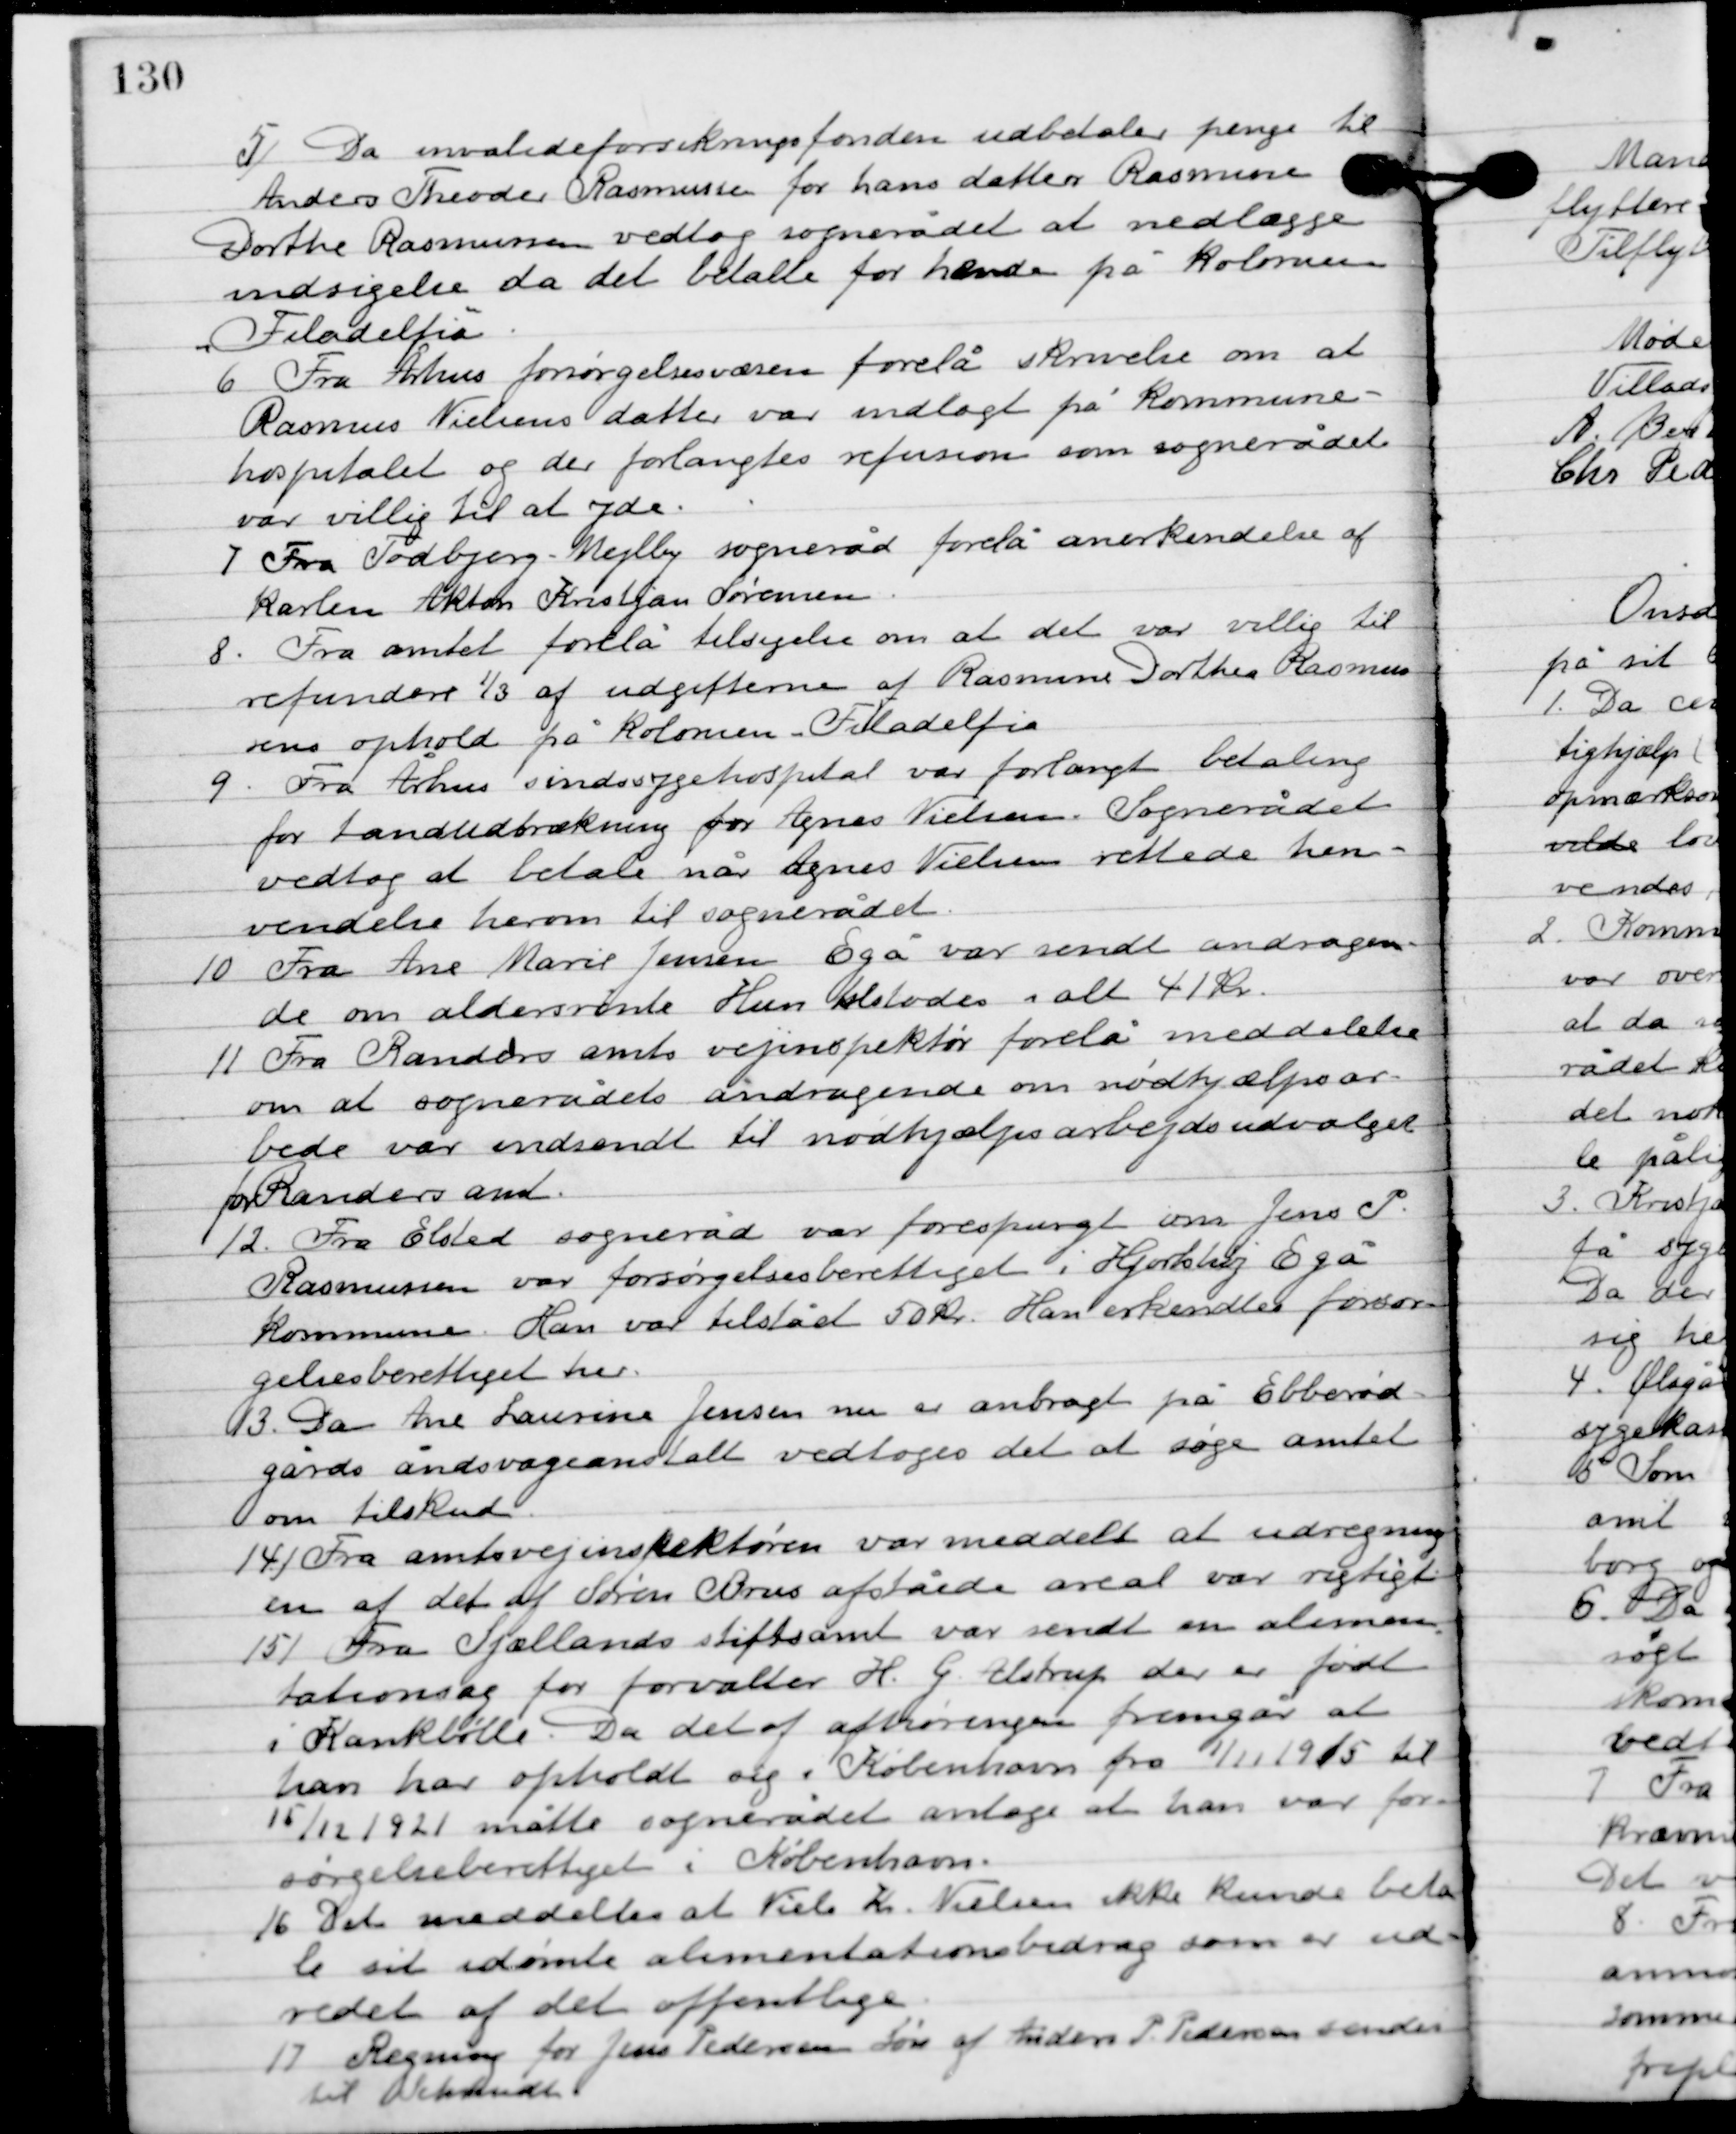
Transskription:
5

Da invalideforsikringsfonden udbetaler penge til
Anders Theodor Rasmussen for hans datter Rasmine
Dorthe Rasmussen vedtog sognerådet at nedlægge
indsigelse da det betalte for hende på Kolonien
”Filadelfia”.

6

Fra Århus forøgelsesvæsen forelå skrivelse om at
Rasmus Nielsens datter var indlagt på kommune-
hospitalet og der forlangtes refusion som sognerådet
var villig til at yde.

7

Fra Todbjerg-Mejlby sogneråd forelå anerkendelse af
Karlen Akton Kristjan Sørensen.

8

Fra amtet forelå tilsigelse om at det var villig til
refundere 1/3 af udgifterne af Rasmine Dorthes Rasmus-
sens ophold på Kolonien ”Filadelfia”.

9

Fra Århus sindssygehospital var forlangt betaling
for tandudtrækning for Agnes Nilsen. Sognerådet
vedtog at betale når Agnes Nielsen rettede hen-
vendelse herom til sognerådet.

10.	Fra Ane Marie Jensen Egå var sendt andragen-
de om aldersrente. hun tilstodes i alt 41 kr.

11

Fra Randers amts vejinspektør forelå meddelelse
om at sognerådets andragende om nødhjælpsar-
bejde var indsendt til nødhjælpsarbejdsudvalget
for Randers amt.

12

Fra Elsted sogneråd var forespurgt om Jens P.
 Rasmussen var forøgelsesberettiget i Hjortshøj Egå
kommune. Han var tilstået 50 kr. Han erkendtes forsør-
gelsesberettiget her.

13

Da Ane Laurine Jensen nu er anbragt på Ebberød
gårds åndsvage anstalt vedtoges det at søge amtet
om tilskud.

14

Fra amtsvejinspektøren var meddelt at udregning-
en af det af Søren Brus afslåede areal var rigtigt.

15

Fra Sjællands stiftsamt var sendt en alimen-
tationssag for forvalter H. G. Astrup der er født
i Krankbølle. Da det af afhøringen fremgår at
han har opholdt sig i København fra 1/11 1915 til
15/12 1921 måtte sognerådet antage at han var for-
sørgelsesberettiget i København.

16

Det meddeltes at Niels Kr. Nielsen ikke kunde beta-
le sit idømte alimentationsbidrag som er ud-
redet af det offentlige.

17

Regning for Jens Pedersens søn af Anders P. Pedersen sendes 
til Schmidt